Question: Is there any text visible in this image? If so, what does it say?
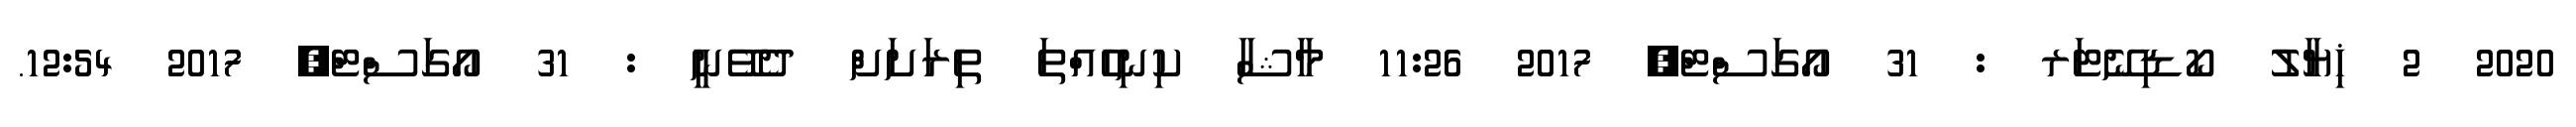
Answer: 2020 2 ޚިޔާލު ކޯޑިނޭޓަރ : 31 އޯގަސްޓް, 2017 11:26 މާޝާ ކިނިހެއްތަ ތިރަށަށް ދެވޭނީ : 31 އޯގަސްޓް, 2017 12:54.